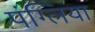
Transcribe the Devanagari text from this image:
पंग्लिया